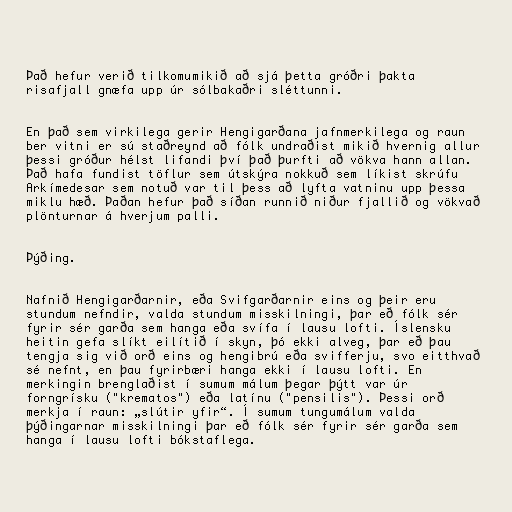
Það hefur verið tilkomumikið að sjá þetta gróðri þakta
risafjall gnæfa upp úr sólbakaðri sléttunni.

En það sem virkilega gerir Hengigarðana jafnmerkilega og raun
ber vitni er sú staðreynd að fólk undraðist mikið hvernig allur
þessi gróður hélst lifandi því það þurfti að vökva hann allan.
Það hafa fundist töflur sem útskýra nokkuð sem líkist skrúfu
Arkímedesar sem notuð var til þess að lyfta vatninu upp þessa
miklu hæð. Þaðan hefur það síðan runnið niður fjallið og vökvað
plönturnar á hverjum palli.

Þýðing.

Nafnið Hengigarðarnir, eða Svifgarðarnir eins og þeir eru
stundum nefndir, valda stundum misskilningi, þar eð fólk sér
fyrir sér garða sem hanga eða svífa í lausu lofti. Íslensku
heitin gefa slíkt eilítið í skyn, þó ekki alveg, þar eð þau
tengja sig við orð eins og hengibrú eða svifferju, svo eitthvað
sé nefnt, en þau fyrirbæri hanga ekki í lausu lofti. En
merkingin brenglaðist í sumum málum þegar þýtt var úr
forngrísku ("krematos") eða latínu ("pensilis"). Þessi orð
merkja í raun: „slútir yfir“. Í sumum tungumálum valda
þýðingarnar misskilningi þar eð fólk sér fyrir sér garða sem
hanga í lausu lofti bókstaflega.